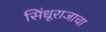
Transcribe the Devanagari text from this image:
सिंधूराजाचा